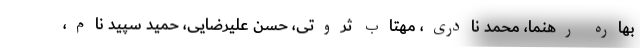
بهاره رهنما، محمد نادری، مهتاب ثروتی، حسن علیرضایی، حمید سپید نام،